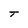
Character: T